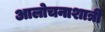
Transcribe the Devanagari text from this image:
आलोचनाशात्री